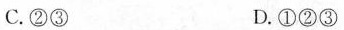
C.②③ D.①②③